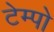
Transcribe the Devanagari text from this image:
टेम्‍पो